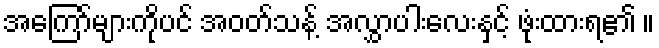
အကြော်များကိုပင် အဝတ်သန့် အလွှာပါးလေးနှင့် ဖုံးထားရ၏ ။